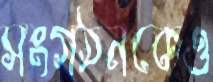
সংগঠনকেও